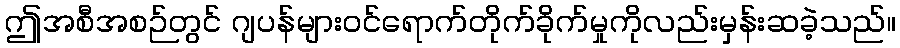
ဤအစီအစဉ်တွင် ဂျပန်များဝင်ရောက်တိုက်ခိုက်မှုကိုလည်းမှန်းဆခဲ့သည်။